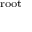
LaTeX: \scriptstyle { \mathrm { r o o t } }